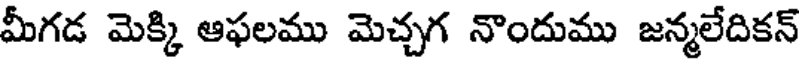
మీగడ మెక్కి ఆఫలము మెచ్చగ నాందుము జన్మలేదికన్